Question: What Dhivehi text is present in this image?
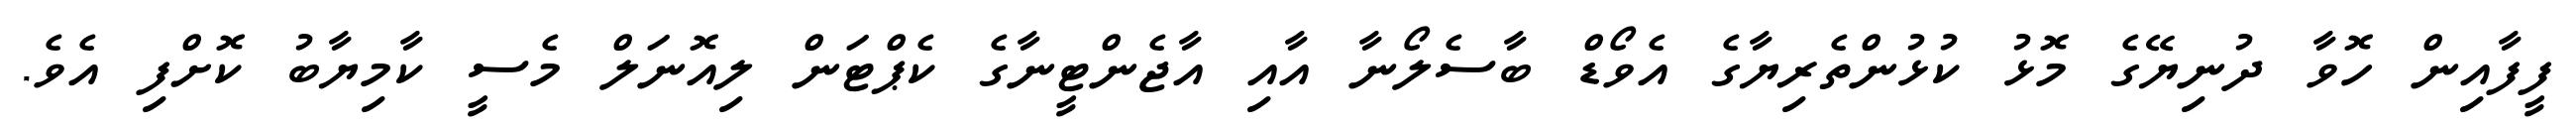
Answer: ފީފާއިން ހޮވާ ދުނިޔޭގެ މޮޅު ކުޅުންތެރިޔާގެ އެވޯޑް ބާސެލޯނާ އާއި އާޖެންޓީނާގެ ކެޕްޓަން ލިއޮނަލް މެސީ ކާމިޔާބު ކޮށްފި އެވެ.